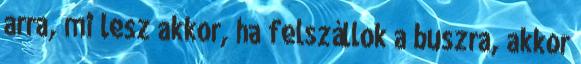
arra, mi lesz akkor, ha felszállok a buszra, akkor